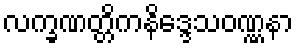
လက္ခဏတ္တိကနိဒ္ဒေသဝဏ္ဏနာ